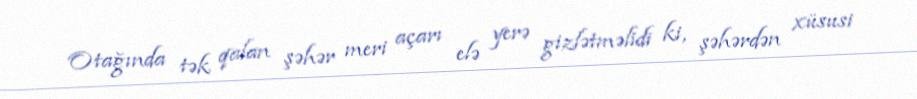
Otağında tək qalan şəhər meri açarı elə yerə gizlətməlidi ki, şəhərdən xüsusi